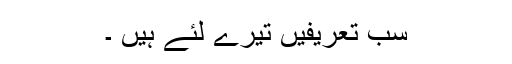
سب تعریفیں تیرے لئے ہیں ۔